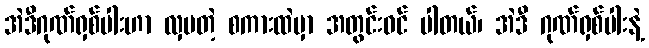
အဲဒီဂုဏ်ရှစ်ပါးဟာ လှပတဲ့ စကားထဲမှာ အတွင်းဝင် ပါတယ်၊ အဲဒီ ဂုဏ်ရှစ်ပါးနဲ့